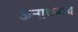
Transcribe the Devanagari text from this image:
अनाथनाथ